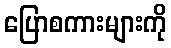
ပြောစကားများကို